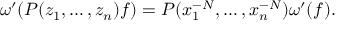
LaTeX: \omega ^ { \prime } ( P ( z _ { 1 } , \dots , z _ { n } ) f ) = P ( x _ { 1 } ^ { - N } , \dots , x _ { n } ^ { - N } ) \omega ^ { \prime } ( f ) .